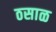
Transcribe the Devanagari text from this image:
ठसाळ